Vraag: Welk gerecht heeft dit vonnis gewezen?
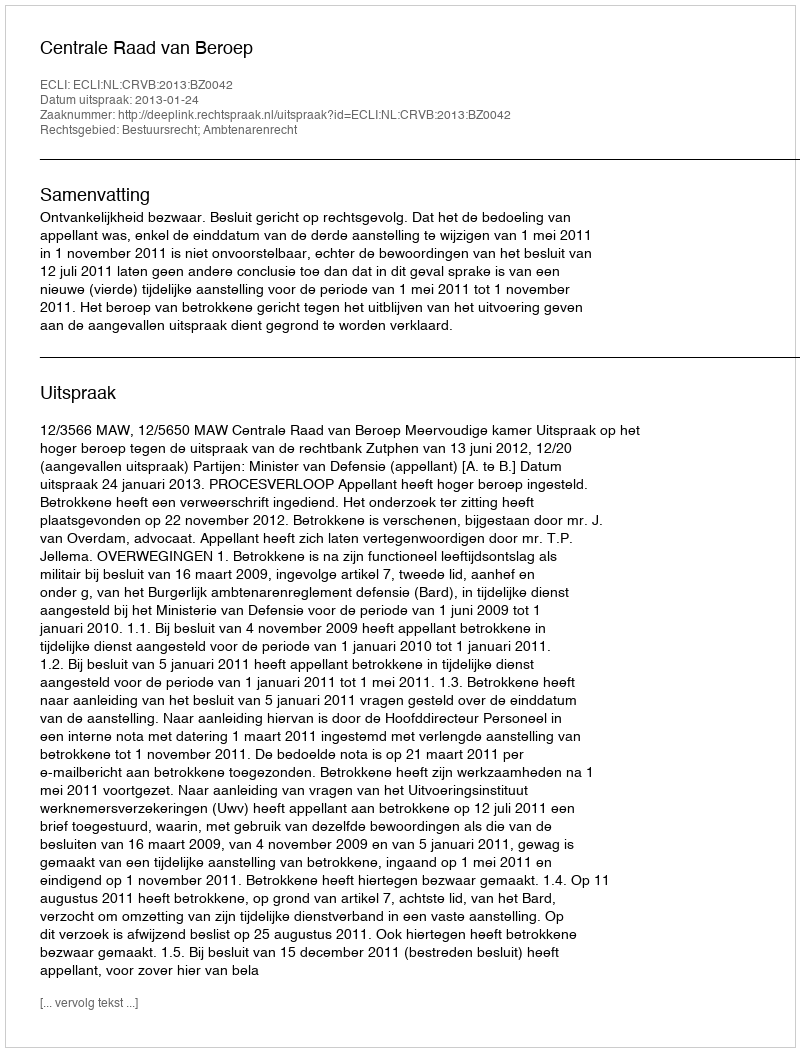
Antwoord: Centrale Raad van Beroep